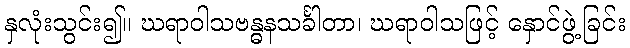
နှလုံးသွင်း၍။ ဃရာဝါသဗန္ဓနသင်္ခါတာ၊ ဃရာဝါသဖြင့် နှောင်ဖွဲ့ခြင်း